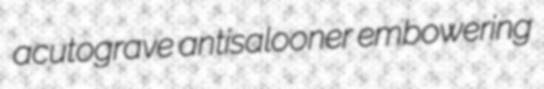
acutograve antisalooner embowering